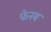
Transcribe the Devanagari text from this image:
फेनम